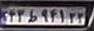
۴۳ط۹۴۱۲۲